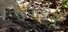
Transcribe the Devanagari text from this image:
प्रिवाडोस